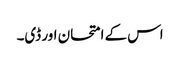
اس کے امتحان اور ڈی۔